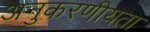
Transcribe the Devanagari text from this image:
अनुकरणीयता